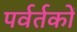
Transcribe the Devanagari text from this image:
पर्वर्तकों